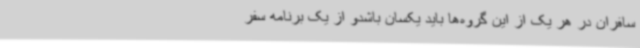
سافران در هر یک از این گروه‌ها باید یکسان باشدو از یک برنامه سفر